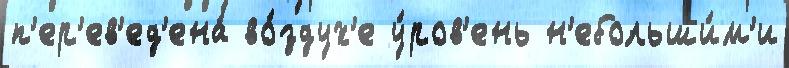
п'ер'ев'ед'ена́ во́здух'е у́ров'ень н'ебольши́м'и